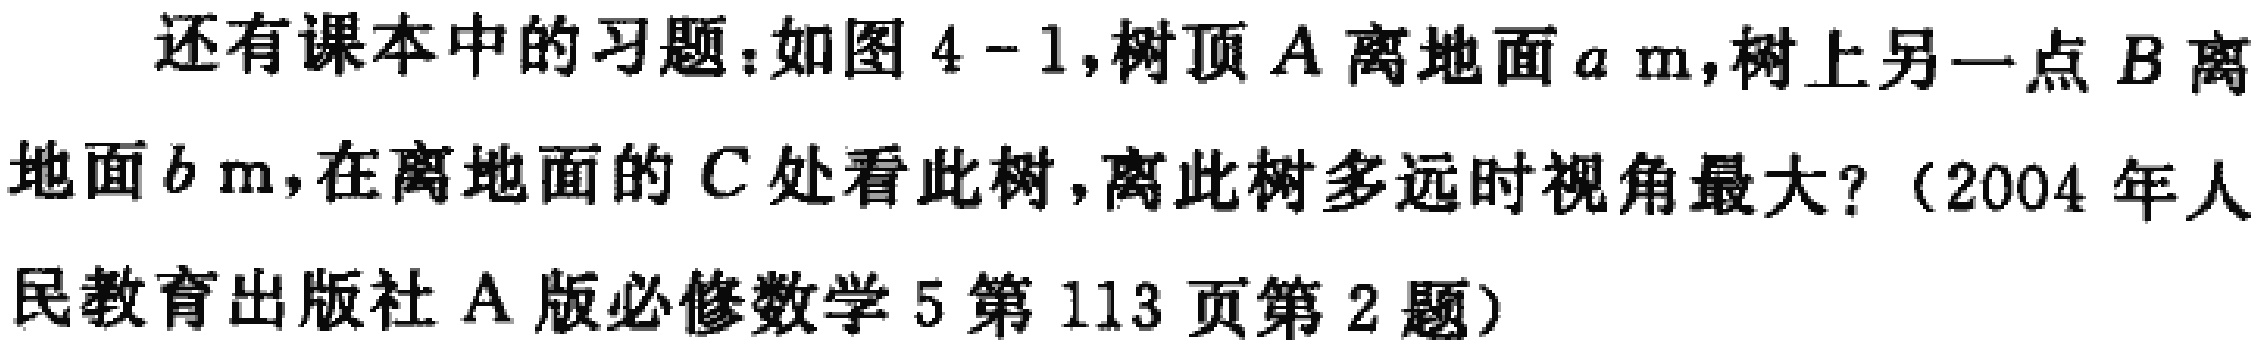
还有课本中的习题：如图4 - 1,树顶\(A\)离地面\(a\ \text{m}\),树上另一点\(B\)离地面\(b\ \text{m}\),在离地面的\(C\)处看此树,离此树多远时视角最大?（2004年人民教育出版社A版必修数学5第113页第2题）